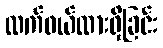
လက်ဝယ်ထားရှိခြင်း